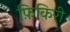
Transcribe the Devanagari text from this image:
फ़िकिरी